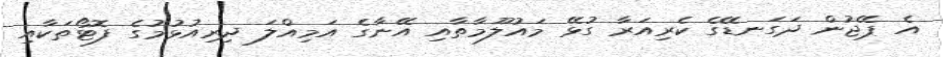
އެ ޕޭޖުން ދަގަނޑޭގެ ކެރިއަރާ ގުޅޭ މައުލޫމާތާއި އޭނާގެ އަމިއްލަ ދިރިއުޅުމުގެ ފޮޓޯތަކާއި